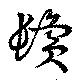
鬢